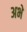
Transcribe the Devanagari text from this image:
अभे